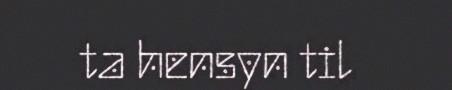
ta hensyn til